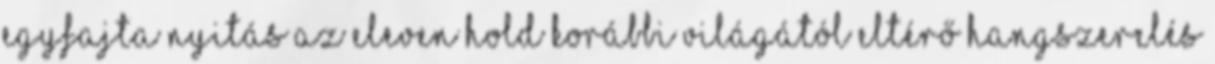
egyfajta nyitás az Eleven Hold korábbi világától eltérő hangszerelés